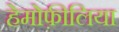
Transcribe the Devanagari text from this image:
हेमोफ़ीलिया